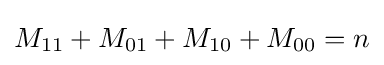
M_{11}+M_{01}+M_{10}+M_{00}=n